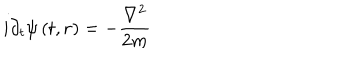
i \partial _ { t } \psi \left( t , \mathbf { r } \right) = - \frac { \mathbf { \nabla } ^ { 2 } } { 2 m }